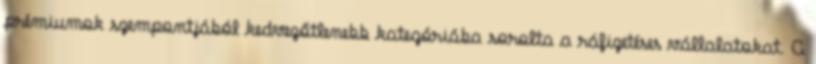
prémiumok szempontjából kedvezőtlenebb kategóriába sorolta a ráfizetéses vállalatokat. A